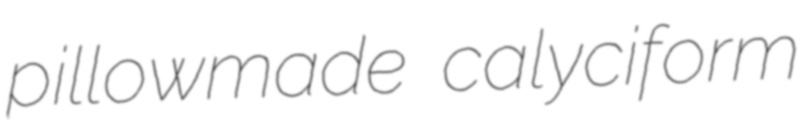
pillowmade calyciform